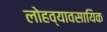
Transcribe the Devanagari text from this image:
लोहव्यावसायिक